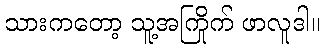
သားကတော့ သူ့အကြိုက် ဖာလူဒါ။